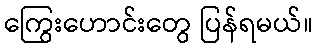
ကြွေးဟောင်းတွေ ပြန်ရမယ်။